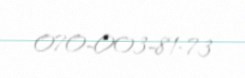
070-003-81-73